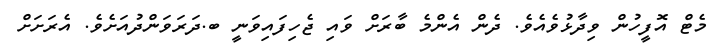
މެޓް އޮފީހުން ވިދާޅުވެއެވެ. ދެން އެންމެ ބާާރަށް ވައި ޖެހިފައިވަނީ ބ.ދަރަވަންދުއަށެވެ. އެރަށަށް